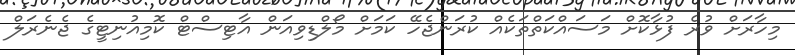
މިހާރަށް ވުރެ ފުޅާކޮށް މަސައްކަތްތަކެއް ކުރަންޖެހޭ ކަމަށް މޯލްޑިވިއަން އާޓިސްޓް ކޮމިއުނިޓީގެ ޖެނެރަލް